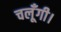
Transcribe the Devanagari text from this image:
चलूँगी।